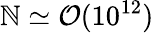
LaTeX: \mathbb{N}\simeq\mathcal{{O}}(10^{12})